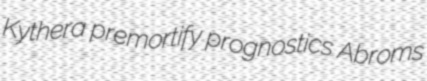
Kythera premortify prognostics Abroms